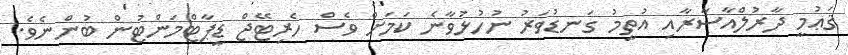
ޤަޢުމީ ދާރުލްއާސާރާއި އުތީމު ގަނޑުވަރު ނުހުޅުވާނެ ކަމަށް ވެސް ހެރިޓޭޖް ޑީޕާޓްމަންޓުން ބުންނެވެ.